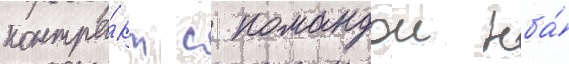
контра́кт с командои нба́